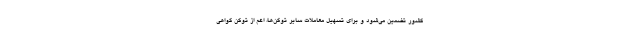
کشور تضمین می‌شود و برای تسهیل معاملات سایر توکن‌ها، اعم از توکن گواهی